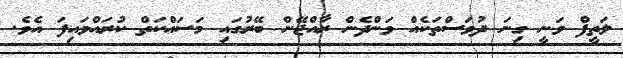
ލަތީފް ވަނީ ގިނަ ދުވަސްތަކެއް ވަންދެން ރާއްޖޭން ބޭރުގައި މަސައްކަތް ކުރައްވައިފަ އެވެ.